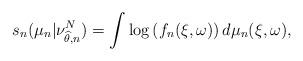
LaTeX: \begin{align*}s_n(\mu_n | \nu_{\widehat\theta, n}^N)= \int \log \left( f_n(\xi,\omega) \right) d\mu_n (\xi,\omega),\end{align*}